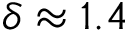
\delta \approx 1 . 4